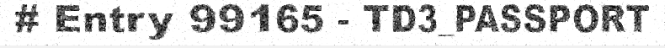
# Entry 99165 - TD3_PASSPORT